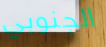
الجنوبي